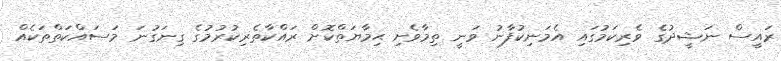
ރައީސް ނަޝީދުގެ ވެރިކަމުގައި އެމަނިކުފާނު ވަނީ ތިމާވެށި ޙިމާޔަތްކޮށް ރައްކާތެރިކުރުމުގެ ގިނަގުނަ މަސައްކަތްތަކެއް